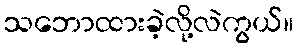
သဘောထားခဲ့လို့လဲကွယ်။